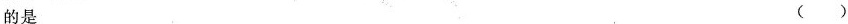
的是 （）